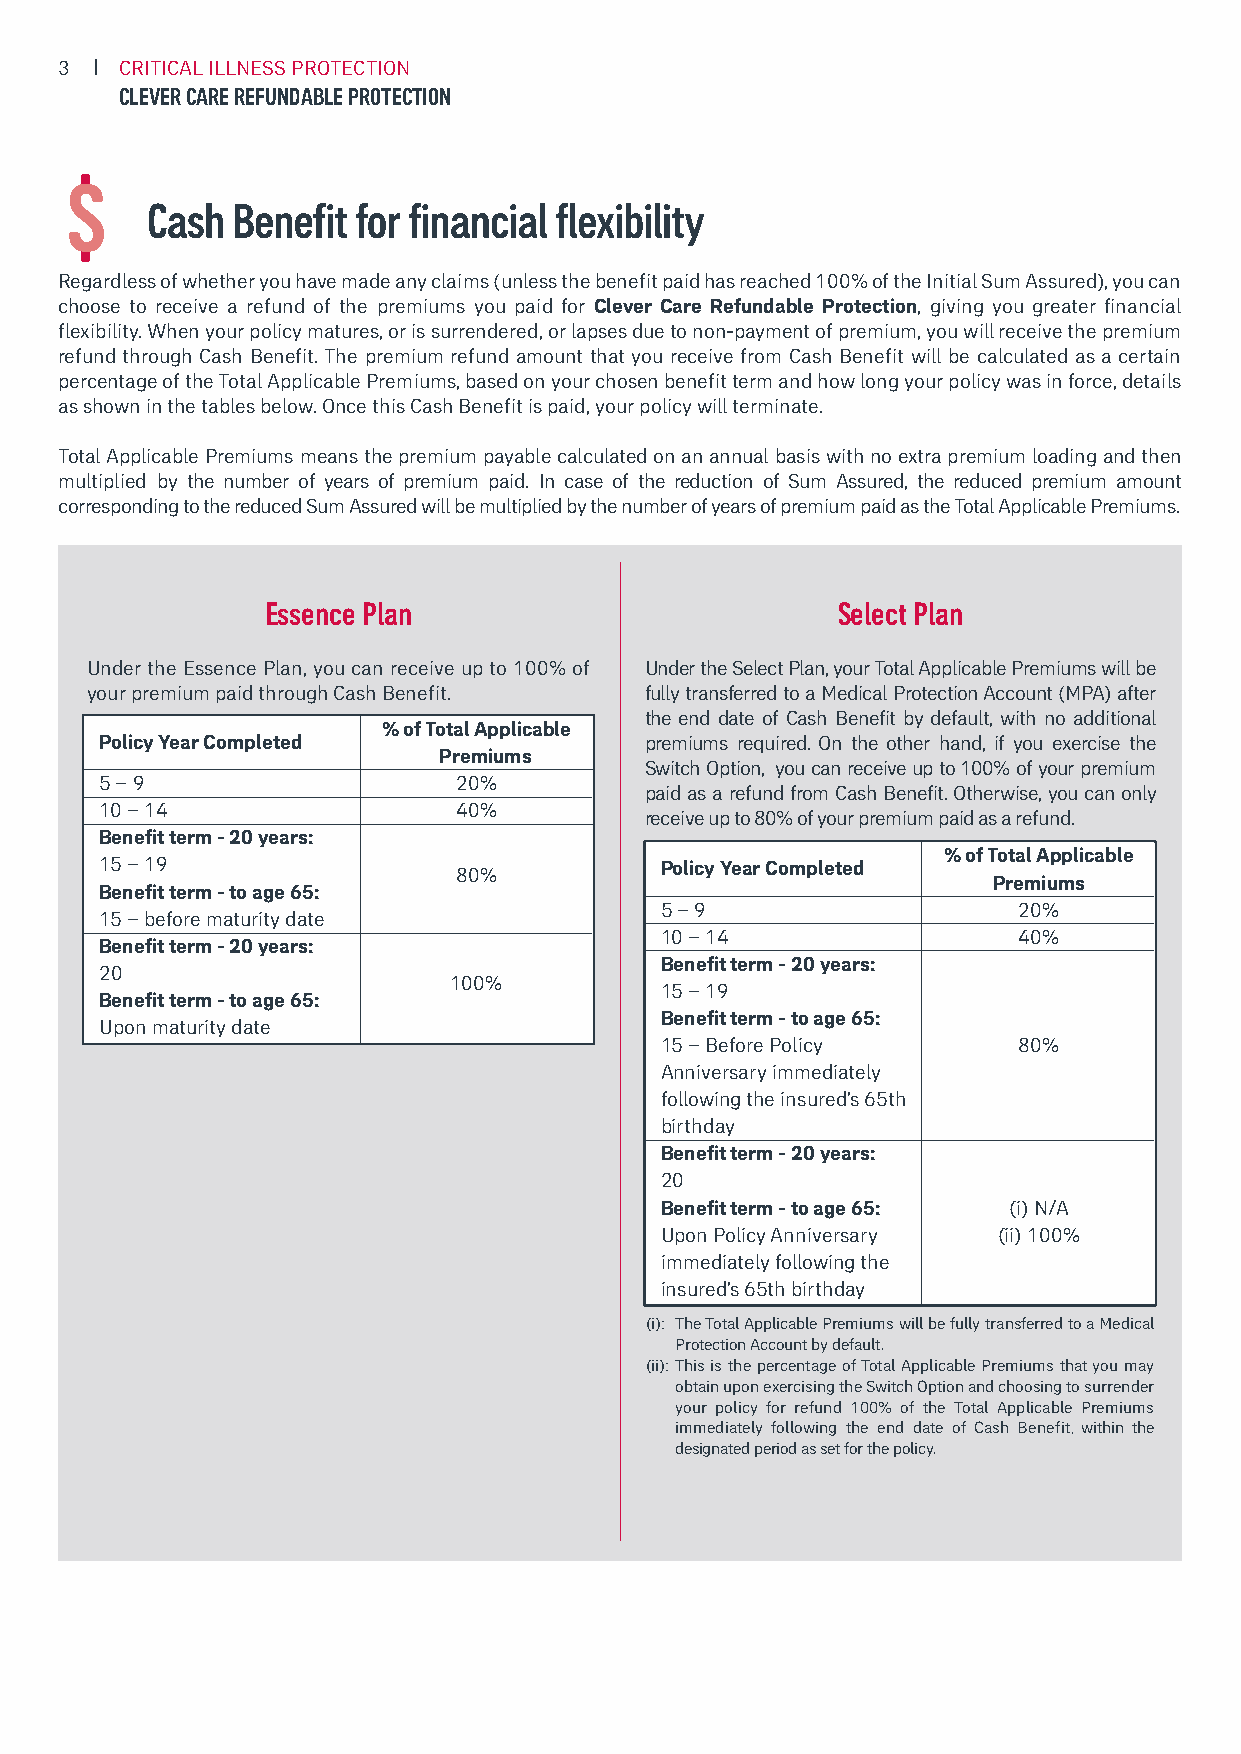
3   CRITICAL ILLNESS PROTECTION
 CLEVER CARE REFUNDABLE PROTECTION
 Cash Benefit for financial flexibility
 Regardless of whether you have made any claims (unless the benefit paid has reached 100% of the Initial Sum Assured), you can
 choose to receive a refund of the premiums you paid for Clever Care Refundable Protection, giving you greater financial
 flexibility. When your policy matures, or is surrendered, or lapses due to non-payment of premium, you will receive the premium
 refund through Cash Benefit. The premium refund amount that you receive from Cash Benefit will be calculated as a certain
 percentage of the Total Applicable Premiums, based on your chosen benefit term and how long your policy was in force, details
 as shown in the tables below. Once this Cash Benefit is paid, your policy will terminate.
 Total Applicable Premiums means the premium payable calculated on an annual basis with no extra premium loading and then
 multiplied by the number of years of premium paid. In case of the reduction of Sum Assured, the reduced premium amount
 corresponding to the reduced Sum Assured will be multiplied by the number of years of premium paid as the Total Applicable Premiums.
 Essence Plan                         Select Plan
 Under the Essence Plan, you can receive up to 100% of Under the Select Plan, your Total Applicable Premiums will be
 your premium paid through Cash Benefit. fully transferred to a Medical Protection Account (MPA) after
 the end date of Cash Benefit by default, with no additional
 % of Total Applicable
 Policy Year Completed               premiums required. On the other hand, if you exercise the
 Premiums
 Switch Option, you can receive up to 100% of your premium
 5 – 9                  20%
 paid as a refund from Cash Benefit. Otherwise, you can only
 10 – 14                40%
 receive up to 80% of your premium paid as a refund.
 Benefit term - 20 years:
 % of Total Applicable
 15 – 19                              Policy Year Completed
 80%
 Premiums
 Benefit term - to age 65:
 5 – 9                  20%
 15 – before maturity date
 10 – 14                40%
 Benefit term - 20 years:
 Benefit term - 20 years:
 20
 100%
 15 – 19
 Benefit term - to age 65:
 Benefit term - to age 65:
 Upon maturity date
 15 – Before Policy     80%
 Anniversary immediately
 following the insured’s 65th
 birthday
 Benefit term - 20 years:
 20
 Benefit term - to age 65: (i) N/A
 Upon Policy Anniversary (ii) 100%
 immediately following the
 insured’s 65th birthday
 (i): The Total Applicable Premiums will be fully transferred to a Medical
 Protection Account by default.
 (ii): This is the percentage of Total Applicable Premiums that you may
 obtain upon exercising the Switch Option and choosing to surrender
 your policy for refund 100% of the Total Applicable Premiums
 immediately following the end date of Cash Benefit, within the
 designated period as set for the policy.